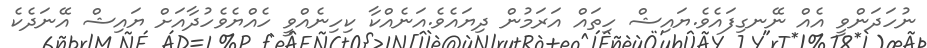
ނުހަދަންވީ އެއް ނޭނގިފައެވެ.ޔައިޝް ހިތައް އަރަމުން ދިޔައެވެ.އަނެއްކާ ކިހިނެއްވީ ހެއްޔެވެހުދާއަށް ޔައިޝް އޭނަދެކެ